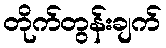
တိုက်တွန်းချက်